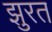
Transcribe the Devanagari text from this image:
झुरत